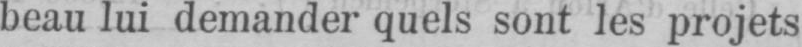
beau lui demander quels sont les projets